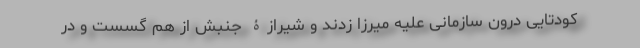
کودتایی درون سازمانی علیه میرزا زدند و شیرازۀ جنبش از هم گسست و در